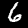
Digit: 6